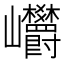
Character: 㠨